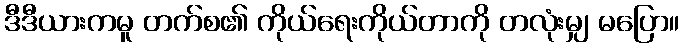
ဒီဒီယားကမူ တက်စ၏ ကိုယ်ရေးကိုယ်တာကို တလုံးမျှ မပြော။